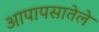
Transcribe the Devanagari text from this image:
आपापसातेले